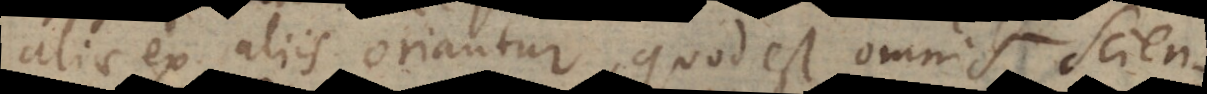
aliae ex aliis oriantur, quod est omnis scien